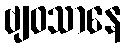
ဗျဝသာနေ